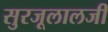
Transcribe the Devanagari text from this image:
सुरजूलालजी